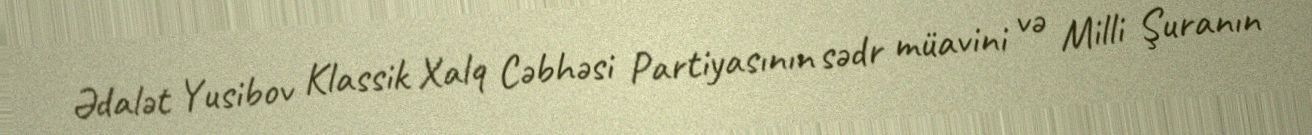
Ədalət Yusibov Klassik Xalq Cəbhəsi Partiyasının sədr müavini və Milli Şuranın